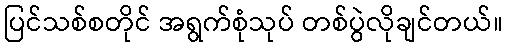
ပြင်သစ်စတိုင် အရွက်စုံသုပ် တစ်ပွဲလိုချင်တယ်။